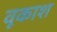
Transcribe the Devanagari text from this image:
वूकाश